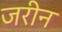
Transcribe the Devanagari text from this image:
जरीन